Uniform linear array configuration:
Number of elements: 48
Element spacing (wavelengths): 1
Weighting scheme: exponential
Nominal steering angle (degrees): -45
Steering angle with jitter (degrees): -45.987
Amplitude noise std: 0.05
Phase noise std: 0.05

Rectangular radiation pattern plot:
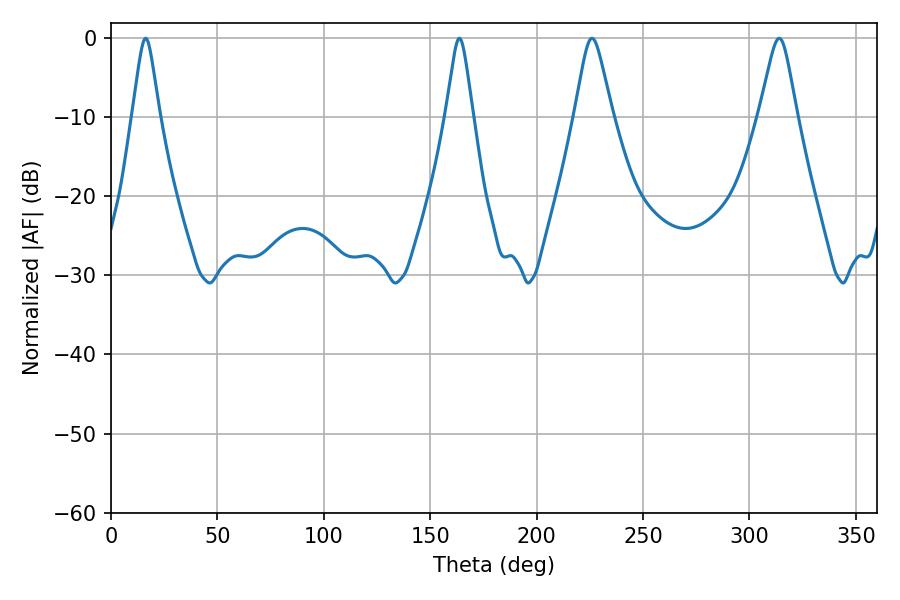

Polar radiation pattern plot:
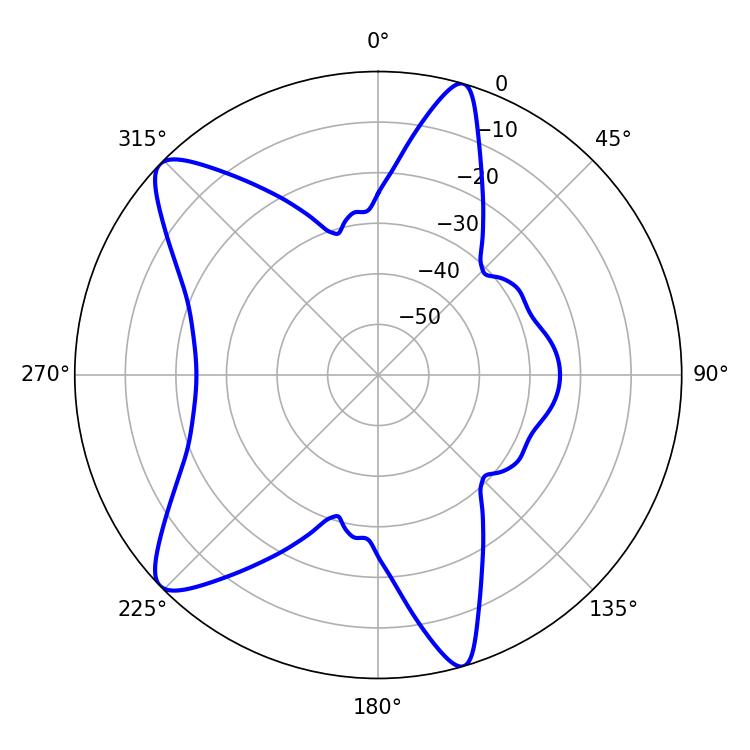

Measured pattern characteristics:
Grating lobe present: TRUE
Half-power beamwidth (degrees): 8.28
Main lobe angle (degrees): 226.08